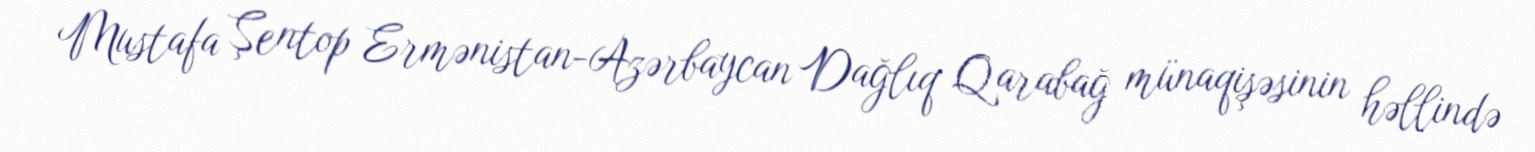
Mustafa Şentop Ermənistan-Azərbaycan Dağlıq Qarabağ münaqişəsinin həllində